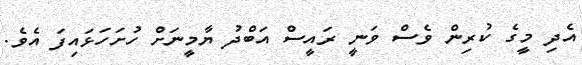
އެދި މީގެ ކުރިން ވެސް ވަނީ ރައީސް އަބްދު ޔާމީނަށް ހުށަހަޅައިފަ އެވެ.